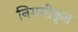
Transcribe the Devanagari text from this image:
निगमीकृत